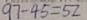
9 7 - 4 5 = 5 2